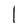
Character: 1